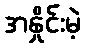
အနှိုင်းမဲ့